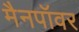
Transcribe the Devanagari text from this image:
मैनपॉवर